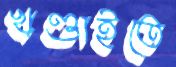
খণ্ডাইতে